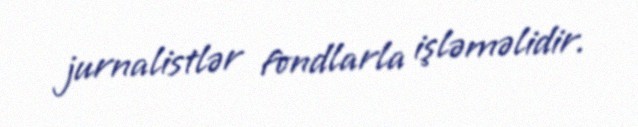
jurnalistlər fondlarla işləməlidir.